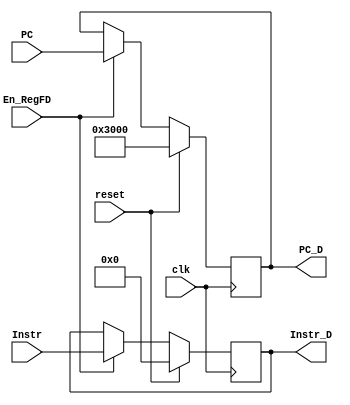
`timescale 1ns / 1ps
//////////////////////////////////////////////////////////////////////////////////
// Company: 
// Engineer: 
// 
// Design Name: 
// Module Name:    RegFD 
// Project Name: 
// Target Devices: 
// Tool versions: 
// Description: 
//
// Dependencies: 
//
// Revision: 
// Revision 0.01 - File Created
// Additional Comments: 
//
//////////////////////////////////////////////////////////////////////////////////
`default_nettype none
module RegFD(
	input wire clk,
	input wire reset,
	input wire En_RegFD,
	input wire [31:0] Instr,
	input wire [31:0] PC,
	output reg [31:0] Instr_D,
	output reg [31:0] PC_D
    );
	always @(posedge clk) begin
		if (reset) begin
			Instr_D <= 32'h00000000;
			PC_D <= 32'h00003000;
		end
		else begin
			if (En_RegFD) begin
				Instr_D <= Instr;
				PC_D <= PC;
			end
		end
	end

endmodule